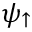
\psi _ { \uparrow }